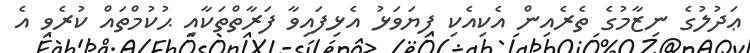
ޢަދުލުގެ ނިޒާމުގެ ތެރެއިން އެކިއެކި ފިޔަވަޅު އެޅިފައިވާ ފަރާތްތަކާއި ޙުކުމްތައް ކުރެވި އެ